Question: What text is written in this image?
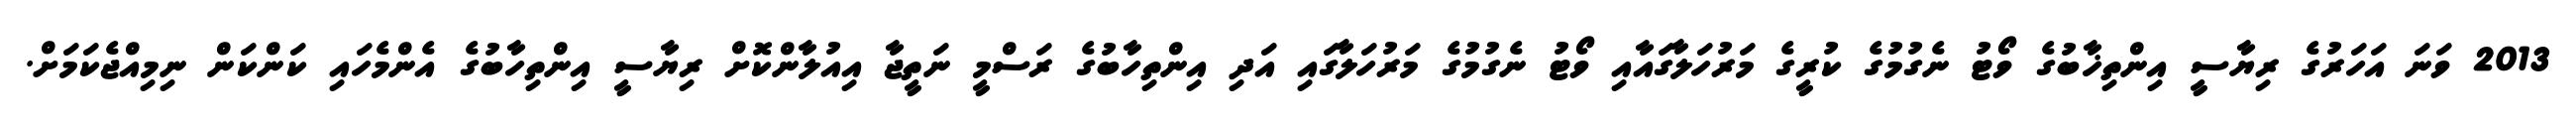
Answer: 2013 ވަނަ އަހަރުގެ ރިޔާސީ އިންތިޚާބުގެ ވޯޓު ނެގުމުގެ ކުރީގެ މަރުހަލާގައާއި ވޯޓު ނެގުމުގެ މަރުހަލާގައި އަދި އިންތިހާބުގެ ރަސްމީ ނަތީޖާ އިއުލާންކޮށް ރިޔާސީ އިންތިހާބުގެ އެންމެހައި ކަންކަން ނިމިއްޖެކަމަށް.